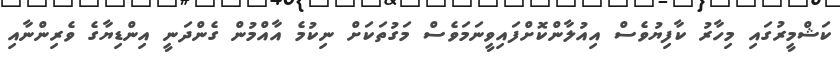
ކަޝްމީރުގައި މިހާރު ކާފިޔުވެސް އިއުލާންކޮށްފައިވީނަމަވެސް މަގުތަކަށް ނިކުމެ އާއްމުން ގެންދަނީ އިންޑިޔާގެ ވެރިންނާއި